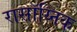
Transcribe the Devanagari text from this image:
रासॉय्निक